Sketch of the medical history of the native army of Bombay, for the year
Year: 1876
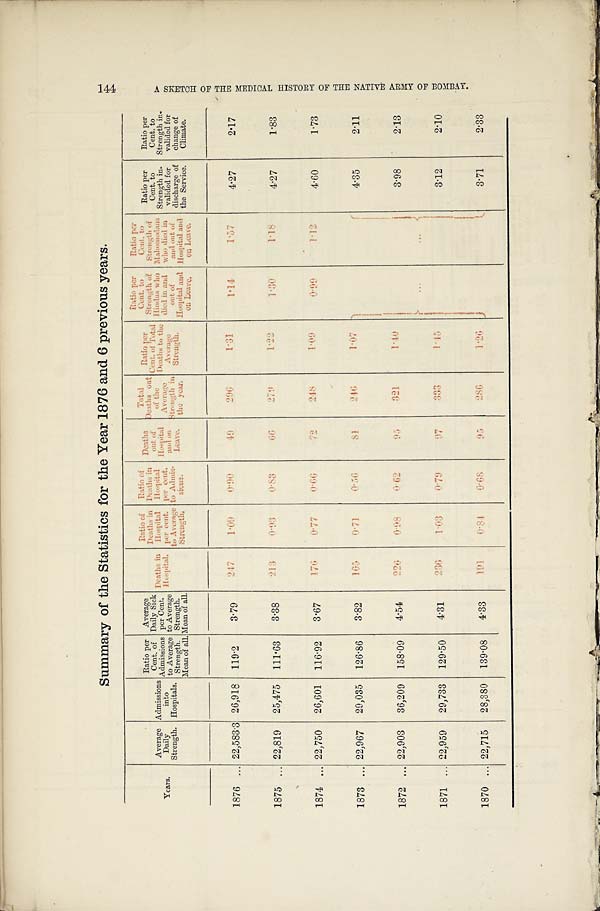
S u m m a r y o f t h e S t a t i s t i c s f o r t h e Y e a r 1 8 7 6 a n d 6 p r e v i o u s y e a r s .
1 4 4 A S K E T C H O F T H E M E D I C A L h I S T O R Y O F T H E N A T I V E A R M Y O F B O M B A Y .
Years.
Average
Daily
Strength.
Admissions
into
Hospitals.
Ratio per
Cent. of
Admissions
to Average
Strength.
Mean of all.
Average
Daily Sick
per Cent.
to Average
Strength.
Mean of all.
Deaths in
Hospital.
Ratio of
Deaths in
Hospital
per cent.
to Average
Strength.
Ratio of
Deaths in
Hospital
per cent.
to Admis-
sions.
D e a t h s
out of
H o s p i t a l
and on
Leave.
Total
Deaths out
of the
Average
.
Strength in
the year.
Ratio per
Cent. of Total
Deaths to the
Average
Strength.
Ratio per
Cent. to
Strength of
Hindus who
died in and
out of
Hospital and
on Leave.
Ratio per
Cent. to
Strength of
Mahomedans
who died in
and out of
Hospital and
on Leave.
Ratio per
Cent. to
Strength in-
valided for
d i s c h a r g e o f
the Service.
Ratio per
Cent. to
Strength in-
valided for
change of
Climate.
1876 ... 22,583.3 26,918 119.2
3.79
2 4 7
1 . 0 9
0 . 9 0
4 9
2 9 6
1 . 3 1
1 . 1 4
1 . 5 7
4.27
2.17
1875 ... 22,819 25,475 111.63
3.38
2 1 3
0 . 9 3
0 . 8 3
6 6
2 7 9
1 . 2 2
1 . 3 0
1 . 1 8
4.27
1.83
1874 ... 22,750 26,601 116.92
3.67
176
0 . 7 7
0 . 6 6
7 2
2 4 8
1.09
0. 99
1 . 1 2
4.60
1.73
1873 ... 22,967 29,035 126.86
3.82
1 6 5
0 . 7 1
0 . 5 6
8 1
2 4 6
1.07
...
. . .
4.35
2.11
1872 ... 22,903 36,209 158.09
4.54
2 2 6
0.98
0.62
9 5
3 2 1
1 . 4 0
3.98
2.13
1871 ... 22,959
29,733 129.50
4.31
236
1 . 0 3
0 . 7 9
9 7
3 3 3
1 . 4 5
3.12
2.10
1870 ... 22,715 28,380 139.08
4.33
1 9 1
0 . 8 4
0 . 6 8
9 5
2 8 6
1 . 2 6
3.71
2.33